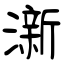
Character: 澵